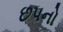
છપનો